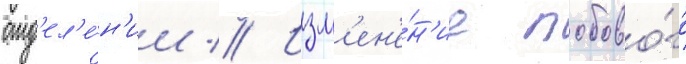
отд'ел'е́н'ии // Изм'ен'е́н'ие лобово́го